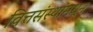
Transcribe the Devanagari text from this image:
वित्तसंस्थांमधून